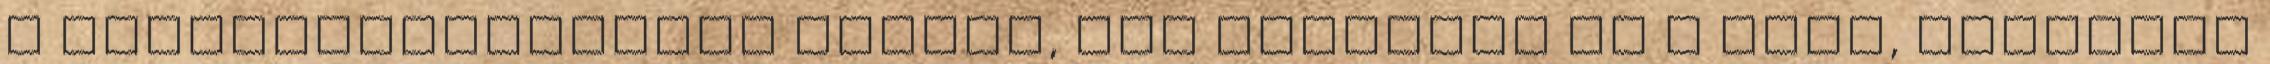
a munkaszerződésben semmis, nem érvényes az a pont, amelyben